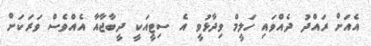
އެއަށް ރައްދު ދެއްވައި ހަލީމް ވިދާޅުވީ އެ ސިޓީއަކީ ދީބާޖާއާ އެއްވެސް ވަރަކަށް